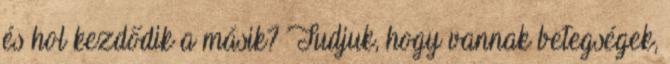
és hol kezdődik a másik? Tudjuk, hogy vannak betegségek,